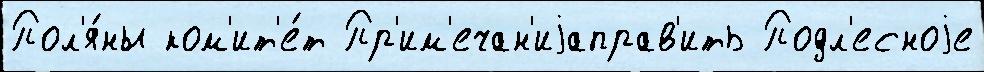
Пол'я́ны ком'ит'е́т Пр'им'ечан'иjаправ'ить Подл'есноjе